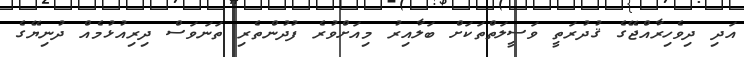
އަދި ދިވެހިރާއްޖޭގެ ޤުދުރަތީ ވަސީލަތްތަކަށް ބަލާއިރު މިއަށްވުރެ ފުދުންތެރި ތަނަވަސް ދިރިއުޅުމެއް ދުނިޔޭގެ